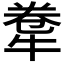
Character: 𤙻